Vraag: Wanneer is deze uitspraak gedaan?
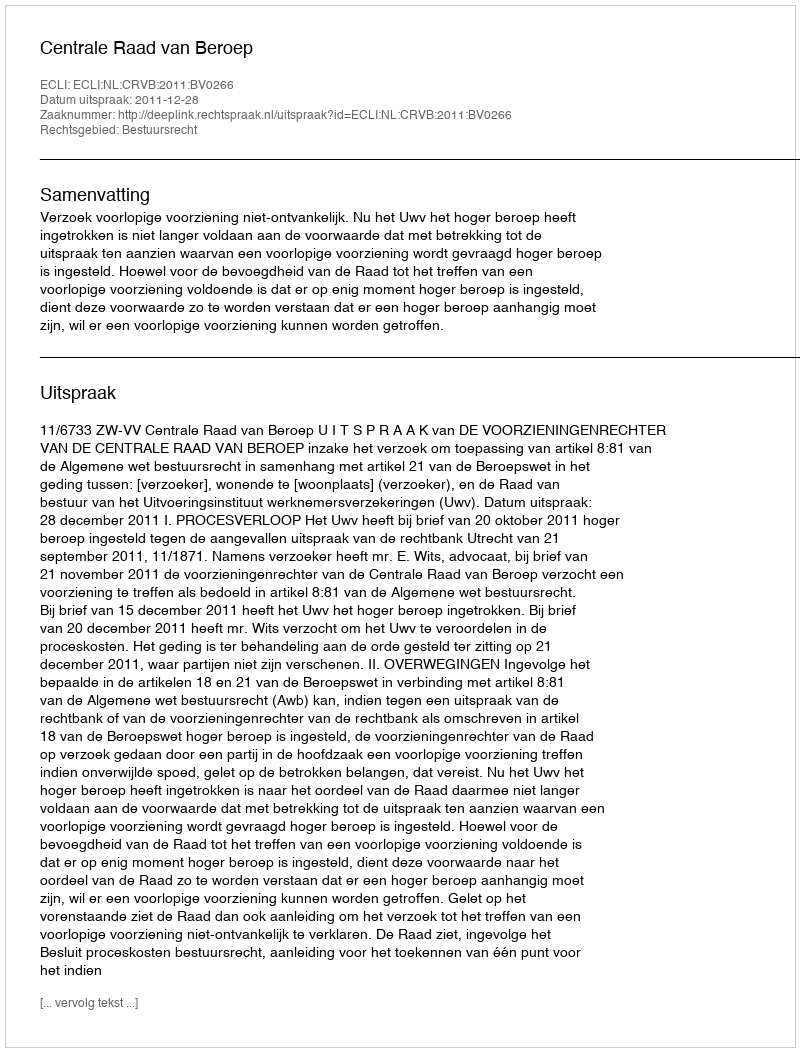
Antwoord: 2011-12-28